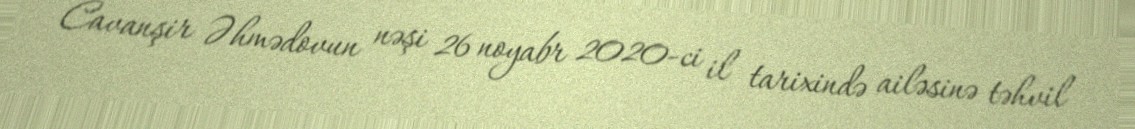
Cavanşir Əhmədovun nəşi 26 noyabr 2020-ci il tarixində ailəsinə təhvil